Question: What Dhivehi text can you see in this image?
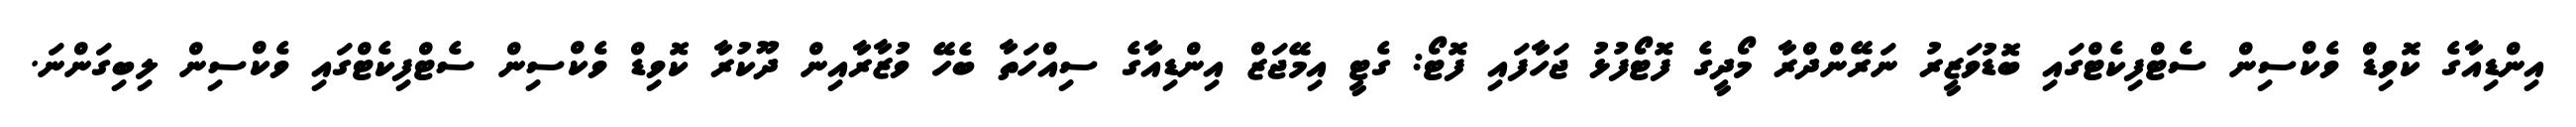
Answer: އިންޑިއާގެ ކޮވިޑް ވެކްސިން ސެޓްފިކެޓްގައި ބޮޑުވަޒީރު ނަރޭންދްރާ މޯދީގެ ފޮޓޯފުޅު ޖަހާފައި ފޮޓޯ: ގެޓީ އިމޭޖަޒް އިންޑިއާގެ ސިއްހަތާ ބެހޭ ވުޒާރާއިން ދޫކުރާ ކޮވިޑް ވެކްސިން ސެޓްފިކެޓްގައި ވެކްސިން ލިބިގަންނަ.